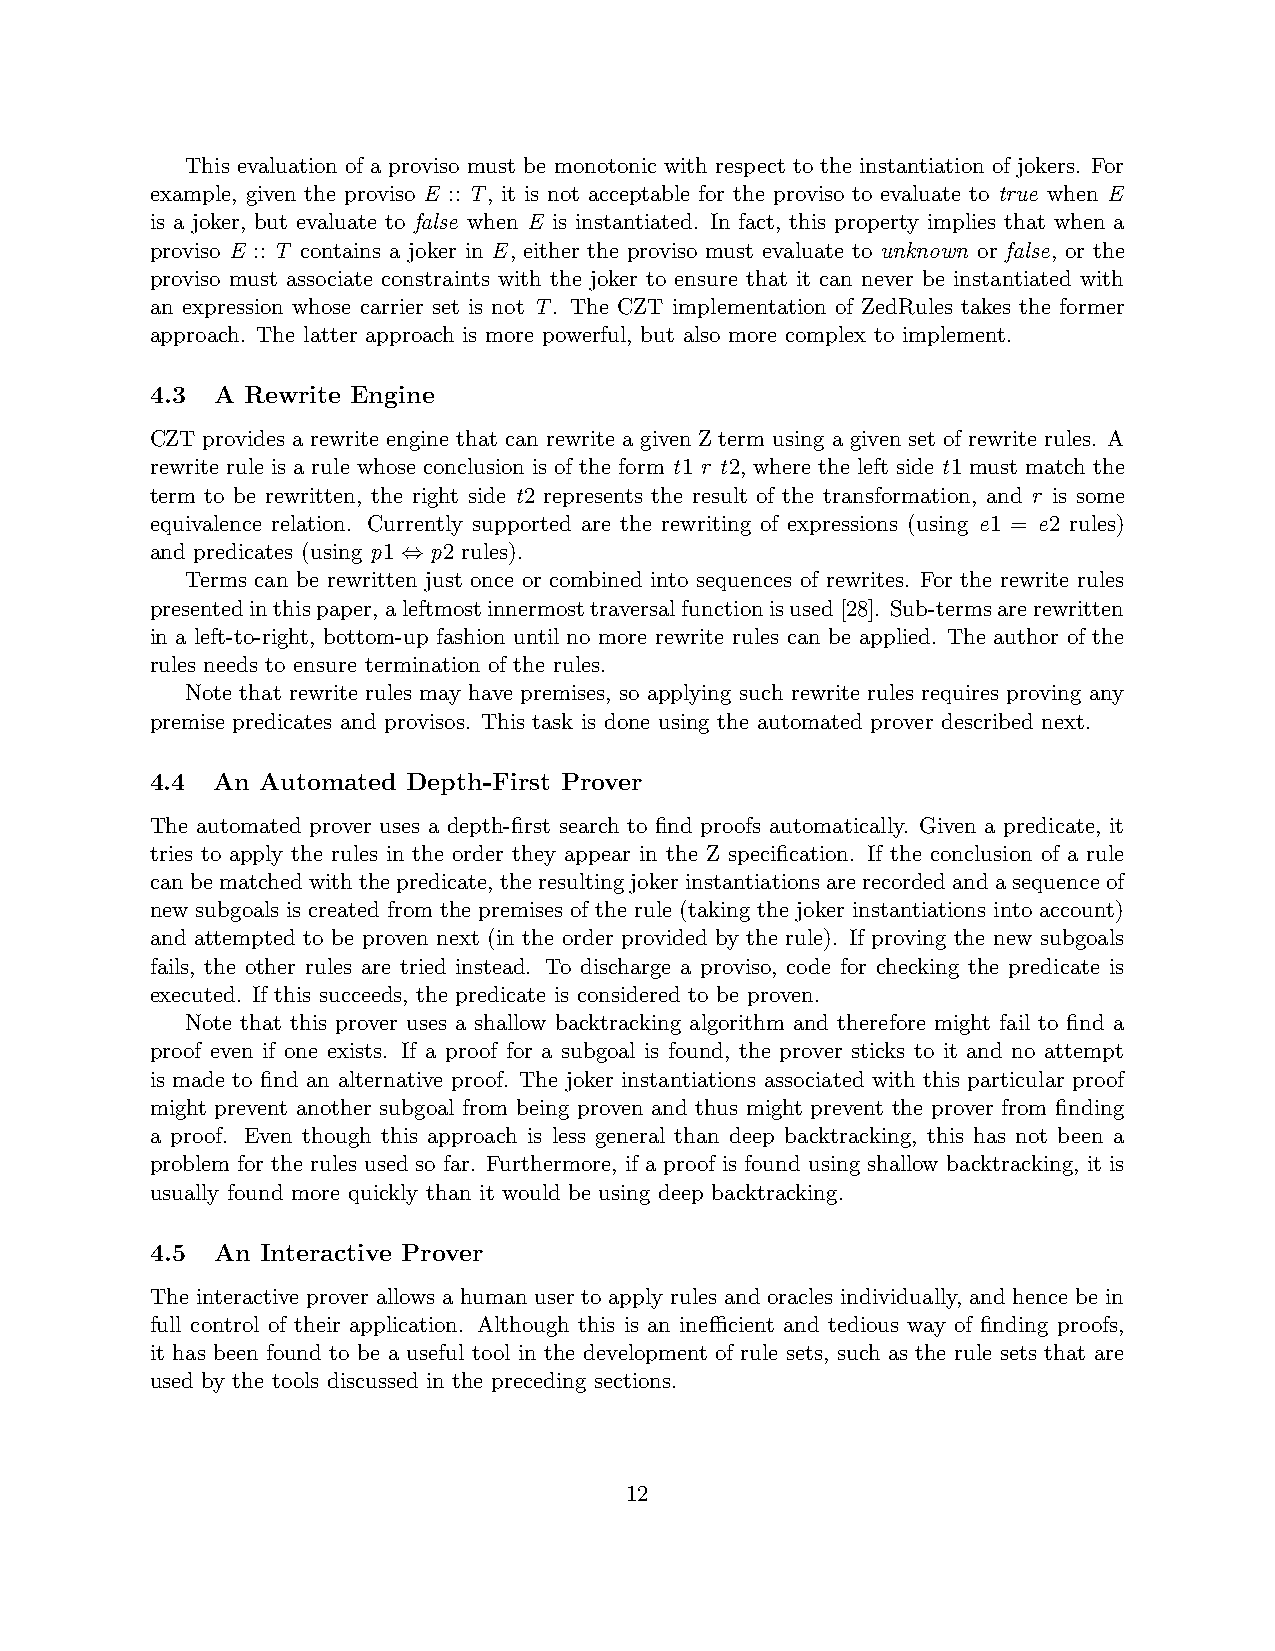
This evaluation of a proviso must be monotonic with respect to the instantiation of jokers. For
 example, given the proviso E :: T, it is not acceptable for the proviso to evaluate to true when E
 is a joker, but evaluate to false when E is instantiated. In fact, this property implies that when a
 proviso E :: T contains a joker in E, either the proviso must evaluate to unknown or false, or the
 proviso must associate constraints with the joker to ensure that it can never be instantiated with
 an expression whose carrier set is not T. The CZT implementation of ZedRules takes the former
 approach. The latter approach is more powerful, but also more complex to implement.
 4.3 A Rewrite Engine
 CZT provides a rewrite engine that can rewrite a given Z term using a given set of rewrite rules. A
 rewrite rule is a rule whose conclusion is of the form t1 r t2, where the left side t1 must match the
 term to be rewritten, the right side t2 represents the result of the transformation, and r is some
 equivalence relation. Currently supported are the rewriting of expressions (using e1 = e2 rules)
 and predicates (using p1 ⇔ p2 rules).
 Terms can be rewritten just once or combined into sequences of rewrites. For the rewrite rules
 presentedinthispaper,aleftmostinnermosttraversalfunctionisused[28]. Sub-termsarerewritten
 in a left-to-right, bottom-up fashion until no more rewrite rules can be applied. The author of the
 rules needs to ensure termination of the rules.
 Note that rewrite rules may have premises, so applying such rewrite rules requires proving any
 premise predicates and provisos. This task is done using the automated prover described next.
 4.4 An Automated Depth-First Prover
 The automated prover uses a depth-first search to find proofs automatically. Given a predicate, it
 tries to apply the rules in the order they appear in the Z specification. If the conclusion of a rule
 canbematchedwiththepredicate, theresultingjokerinstantiationsarerecordedandasequenceof
 new subgoals is created from the premises of the rule (taking the joker instantiations into account)
 and attempted to be proven next (in the order provided by the rule). If proving the new subgoals
 fails, the other rules are tried instead. To discharge a proviso, code for checking the predicate is
 executed. If this succeeds, the predicate is considered to be proven.
 Note that this prover uses a shallow backtracking algorithm and therefore might fail to find a
 proof even if one exists. If a proof for a subgoal is found, the prover sticks to it and no attempt
 is made to find an alternative proof. The joker instantiations associated with this particular proof
 might prevent another subgoal from being proven and thus might prevent the prover from finding
 a proof. Even though this approach is less general than deep backtracking, this has not been a
 problem for the rules used so far. Furthermore, if a proof is found using shallow backtracking, it is
 usually found more quickly than it would be using deep backtracking.
 4.5 An Interactive Prover
 The interactive prover allows a human user to apply rules and oracles individually, and hence be in
 full control of their application. Although this is an inefficient and tedious way of finding proofs,
 it has been found to be a useful tool in the development of rule sets, such as the rule sets that are
 used by the tools discussed in the preceding sections.
 12